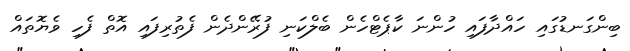
ބިންގަނޑުގައި ހައްދާފައި ހުންނަ ކާޕެޓްހެން ބެލްކަނި ފުރޭންދެން ފެތުރިފައި އޮތް ފެހި ވެޔޮތައް